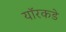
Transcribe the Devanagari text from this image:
यॉरकडे